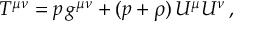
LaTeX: \phi = \mathrm { e r f } ( T ) \equiv \frac { 2 } { \sqrt { \pi } } \int _ { 0 } ^ { T } e ^ { - u ^ { 2 } } d u ,